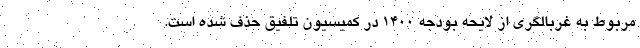
مربوط به غربالگری از لایحه بودجه ۱۴۰۰ در کمیسیون تلفیق حذف شده است.